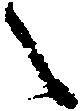
々